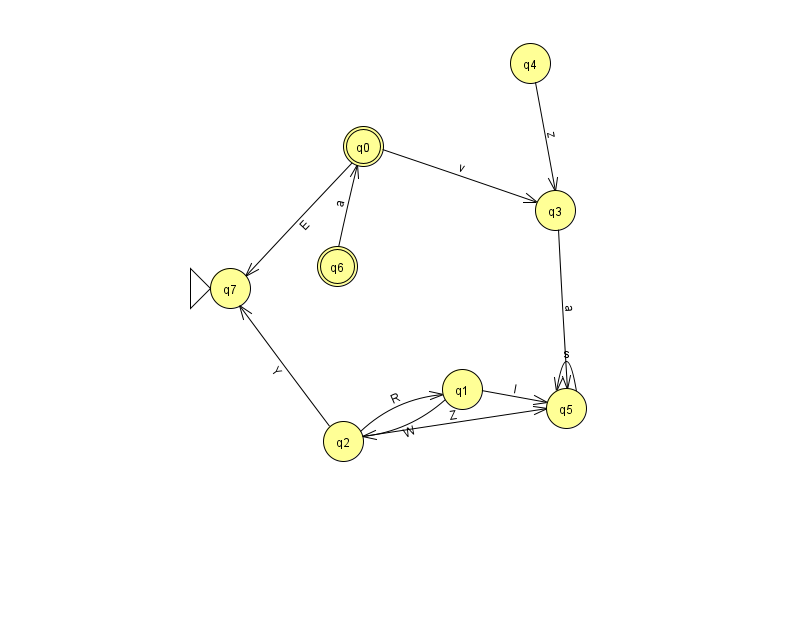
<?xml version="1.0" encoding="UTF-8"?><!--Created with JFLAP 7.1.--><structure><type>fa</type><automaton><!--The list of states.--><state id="0" name="q0"><x>363.0</x><y>133.0</y><final/></state><state id="1" name="q1"><x>462.0</x><y>376.0</y></state><state id="2" name="q2"><x>343.0</x><y>428.0</y></state><state id="3" name="q3"><x>555.0</x><y>197.0</y></state><state id="4" name="q4"><x>530.0</x><y>50.0</y></state><state id="5" name="q5"><x>566.0</x><y>395.0</y></state><state id="6" name="q6"><x>337.0</x><y>253.0</y><final/></state><state id="7" name="q7"><x>230.0</x><y>275.0</y><initial/></state><!--The list of transitions.--><transition><from>1</from><to>5</to><read>I</read></transition><transition><from>2</from><to>5</to><read>Z</read></transition><transition><from>2</from><to>1</to><read>R</read></transition><transition><from>2</from><to>7</to><read>Y</read></transition><transition><from>5</from><to>5</to><read>s</read></transition><transition><from>1</from><to>2</to><read>W</read></transition><transition><from>6</from><to>0</to><read>a</read></transition><transition><from>4</from><to>3</to><read>z</read></transition><transition><from>0</from><to>3</to><read>v</read></transition><transition><from>3</from><to>5</to><read>a</read></transition><transition><from>0</from><to>7</to><read>E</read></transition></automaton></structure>